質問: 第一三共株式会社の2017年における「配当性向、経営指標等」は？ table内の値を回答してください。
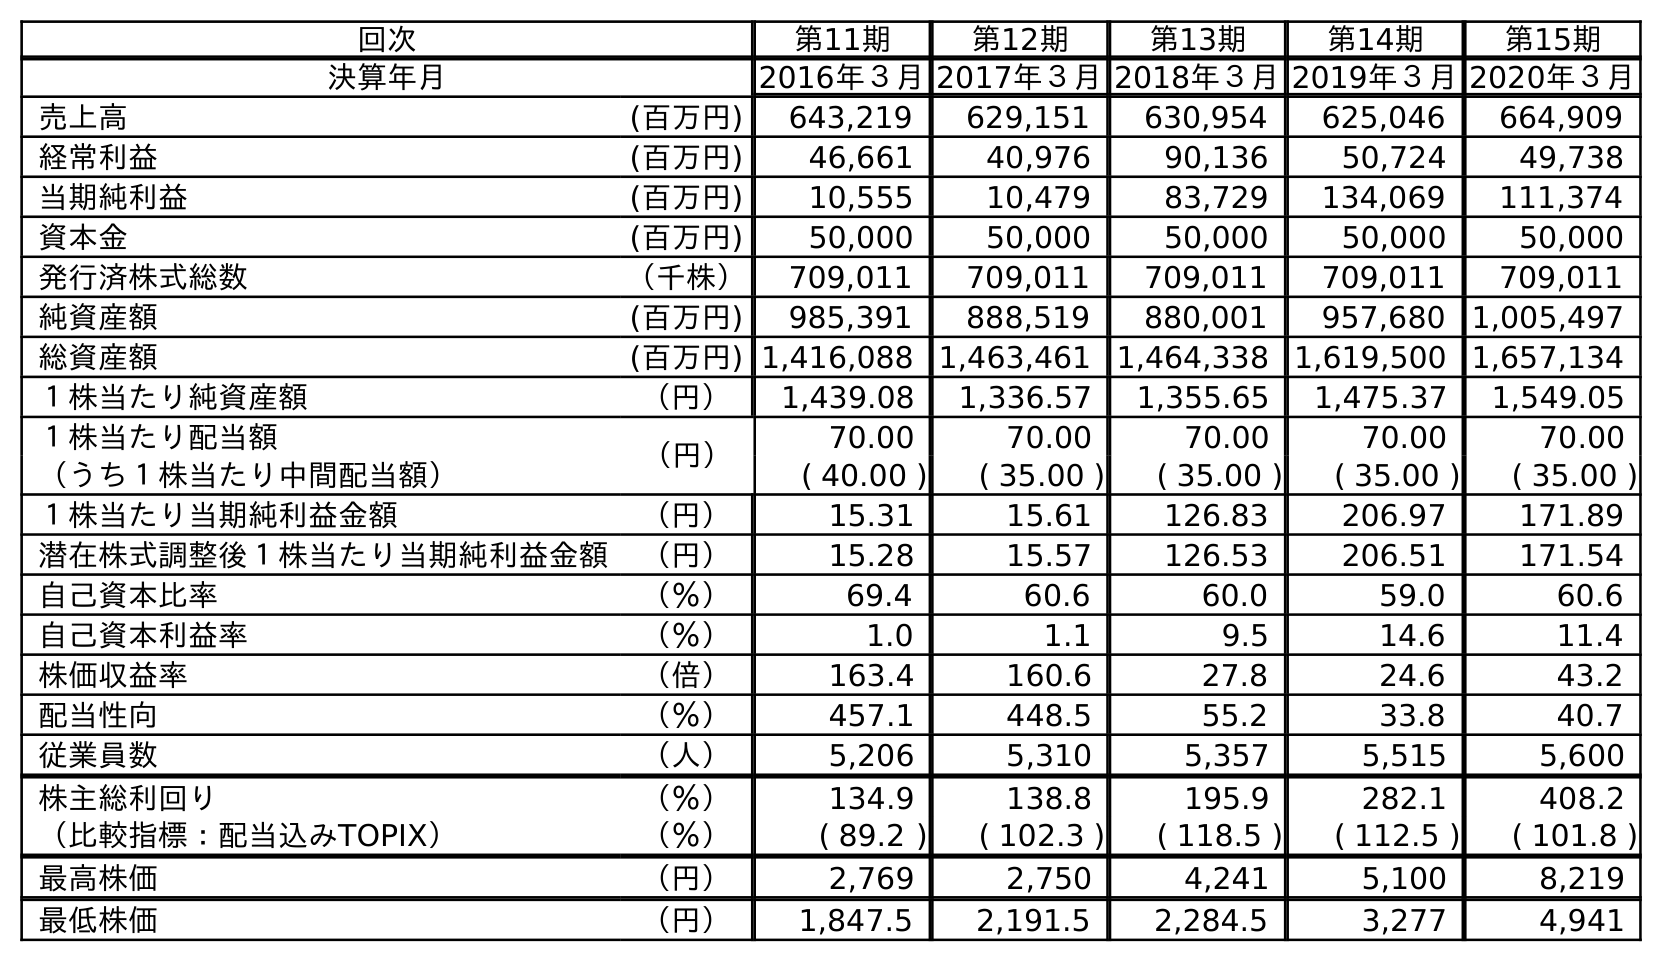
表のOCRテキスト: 回次 第11期 第12期 第13期 第14期 第15期 決算年月 2016年３月2017年３月2018年３月2019年３月2020年３月 売上高 (百万円) 643,219 629,151 630,954 625,046 664,909 経常利益 (百万円) 46,661 40,976 90,136 50,724 49,738 当期純利益 (百万円) 10,555 10,479 83,729 134,069 111,374 資本金 (百万円) 50,000 50,000 50,000 50,000 50,000 発行済株式総数 （千株） 709,011 709,011 709,011 709,011 709,011 純資産額 (百万円) 985,391 888,519 880,001 957,680 1,005,497 総資産額 (百万円) 1,416,088 1,463,461 1,464,338 1,619,500 1,657,134 １株当たり純資産額 （円） 1,439.08 1,336.57 1,355.65 1,475.37 1,549.05 １株当たり配当額 （円） 70.00 70.00 70.00 70.00 70.00 （うち１株当たり中間配当額） ( 40.00 ) ( 35.00 ) ( 35.00 ) ( 35.00 ) ( 35.00 ) １株当たり当期純利益金額 （円） 15.31 15.61 126.83 206.97 171.89 潜在株式調整後１株当たり当期純利益金額 （円） 15.28 15.57 126.53 206.51 171.54 自己資本比率 （％） 69.4 60.6 60.0 59.0 60.6 自己資本利益率 （％） 1.0 1.1 9.5 14.6 11.4 株価収益率 （倍） 163.4 160.6 27.8 24.6 43.2 配当性向 （％） 457.1 448.5 55.2 33.8 40.7 従業員数 （人） 5,206 5,310 5,357 5,515 5,600 株主総利回り （％） 134.9 138.8 195.9 282.1 408.2 （比較指標：配当込みTOPIX） （％） ( 89.2 ) ( 102.3 ) ( 118.5 ) ( 112.5 ) ( 101.8 ) 最高株価 （円） 2,769 2,750 4,241 5,100 8,219 最低株価 （円） 1,847.5 2,191.5 2,284.5 3,277 4,941
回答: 448.5